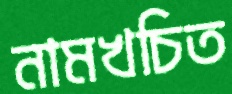
নামখচিত